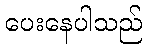
ပေးနေပါသည်